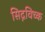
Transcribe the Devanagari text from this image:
सिद्गविच्क